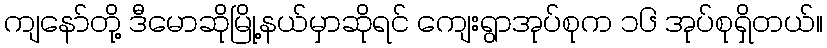
ကျနော်တို့ ဒီမောဆိုမြို့နယ်မှာဆိုရင် ကျေးရွာအုပ်စုက ၁၆ အုပ်စုရှိတယ်။